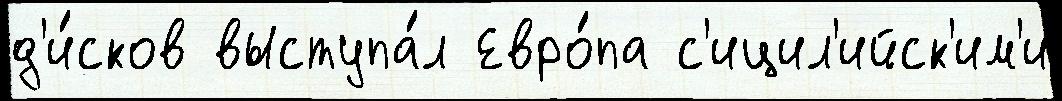
д'и́сков выступа́л Евро́па с'ицил'ийск'им'и